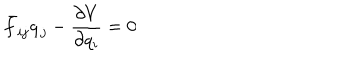
LaTeX: \bar { f } _ { i j } \dot { q } _ { j } - { \frac { \partial V } { \partial q _ { i } } } = 0